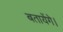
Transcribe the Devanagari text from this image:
बतायेंगे।